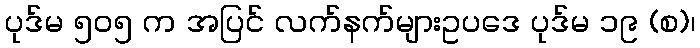
ပုဒ်မ ၅၀၅ က အပြင် လက်နက်များဥပဒေ ပုဒ်မ ၁၉ (စ)၊